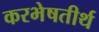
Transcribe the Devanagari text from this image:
करभेषतीर्थ